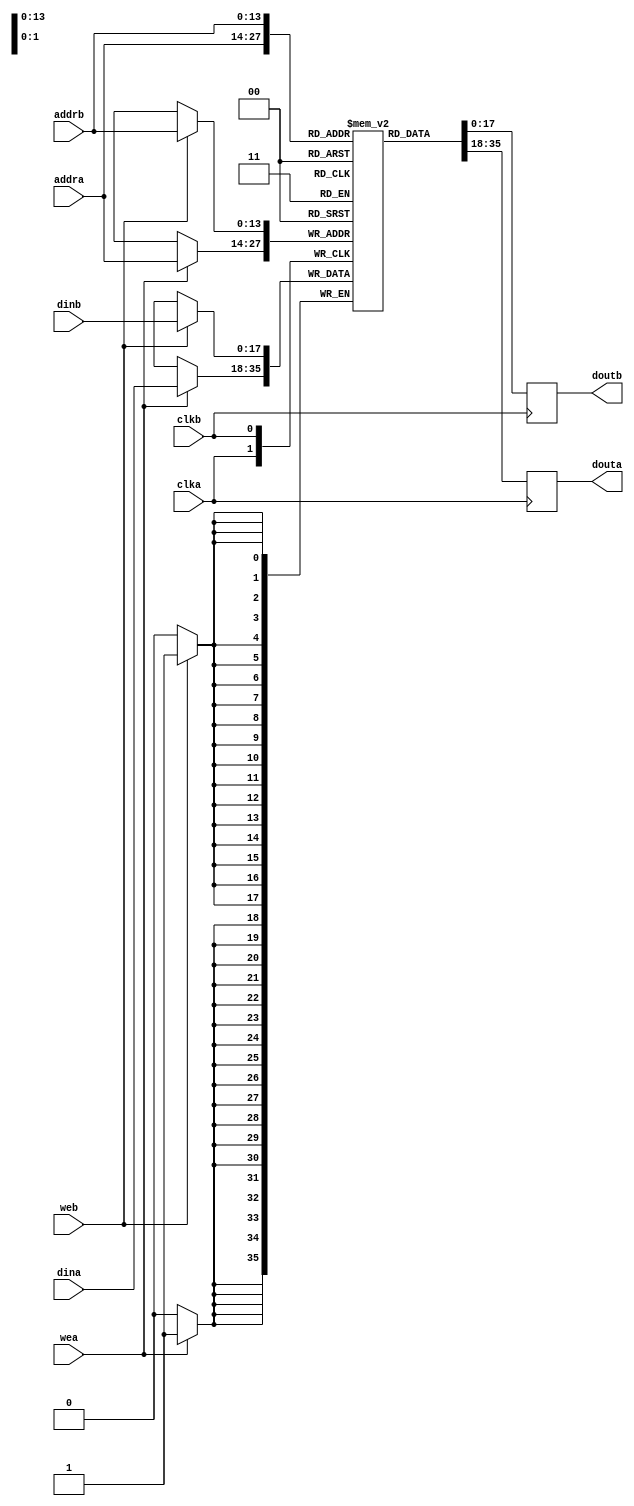
`timescale 1ns / 1ps
//////////////////////////////////////////////////////////////////////////////////
// Company: 
// Engineer: 
// 
// Design Name: 
// Module Name:    BlockRam 
// Project Name: 
// Target Devices: 
// Tool versions: 
// Description: 
//
// Dependencies: 
//
// Revision: 
// Revision 0.01 - File Created
// Additional Comments: 
//
//////////////////////////////////////////////////////////////////////////////////
module DCBlockRam#(parameter DATA = 18, parameter ADDR = 14, parameter SIZE = 12288, parameter FILE = "init.txt")(
	input clka,
	input clkb,
	input wea, //write enable A
	input web, //write enable B
	input [ADDR-1:0] addra,
	input [ADDR-1:0] addrb,
	input [DATA-1:0] dina,
	input [DATA-1:0] dinb,
	output reg [DATA-1:0] douta,
	output reg [DATA-1:0] doutb
	 );
	//synthesis attribute ram_style of mem is distributed
//   parameter RAM_WIDTH = 18;
   //parameter RAM_ADDR_BITS = 15;

	//(* RAM_STYLE="{AUTO | BLOCK |  BLOCK_POWER1 | BLOCK_POWER2}" *)
   reg [DATA-1:0] memory [SIZE-1:0];
   //reg [RAM_WIDTH-1:0] output_dataA, output_dataB;

	//Shouldn't need these, addresses and data are inputs already.
   //<reg_or_wire> [RAM_ADDR_BITS-1:0] <addressA>, <addressB>;
   //<reg_or_wire> [RAM_WIDTH-1:0] <input_dataA>;

   //  The following code is only necessary if you wish to initialize the RAM 
   //  contents via an external file (use $readmemb for binary data	
	//initial
		//$readmemh(FILE, memory);

   always @(posedge clka)
	begin
         if (wea)
            memory[addra] <= dina;
         douta <= memory[addra];
	end
      
   always @(posedge clkb)
   begin
         if (web)
            memory[addrb] <= dinb;
         doutb <= memory[addrb];
   end

endmodule